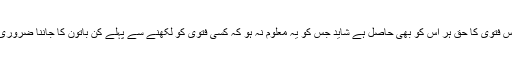
اور اس فتوی کا حق ہر اس کو بھی حاصل ہے شاید جس کو یہ معلوم نہ ہو کہ کسی فتوی کو لکھنے سے پہلے کن باتون کا جاننا ضروری ہے۔